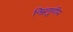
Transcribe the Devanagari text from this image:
निम्नगुणीय